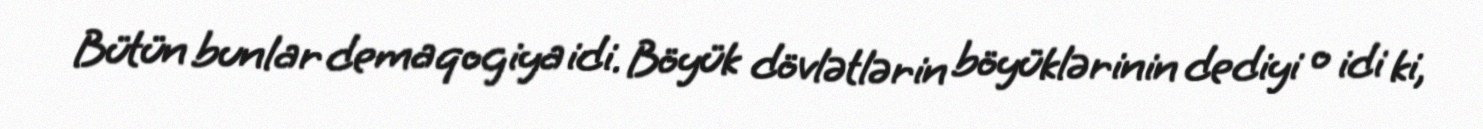
Bütün bunlar demaqogiya idi. Böyük dövlətlərin böyüklərinin dediyi o idi ki,